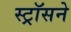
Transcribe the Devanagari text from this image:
स्ट्रॉसने